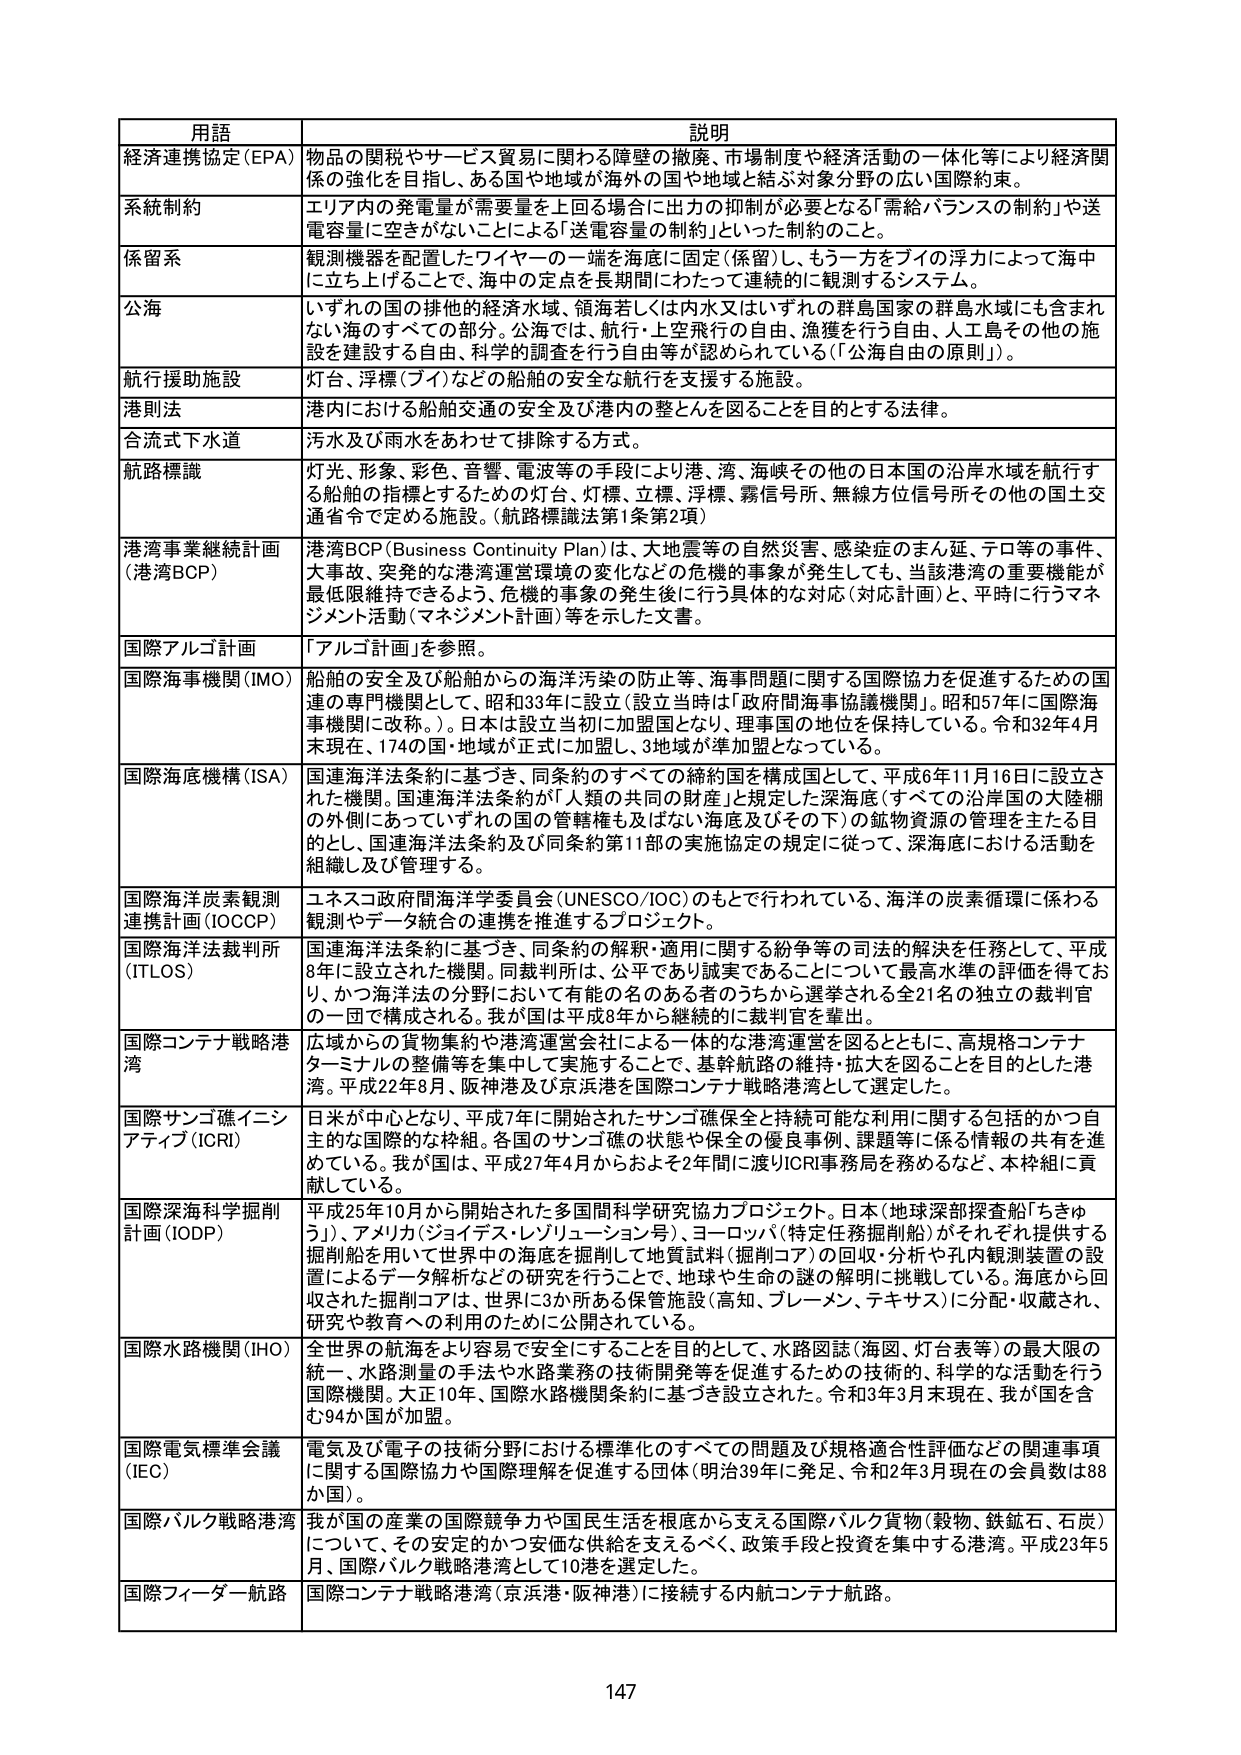
用語 説明
経済連携協定（EPA） 物品の関税やサービス貿易に関わる障壁の撤廃、市場制度や経済活動の一体化等により経済関係の強化を目指し、ある国や地域が海外の国や地域と結ぶ対象分野の広い国際約束。
系統制約 エリア内の発電量が需要量を上回る場合に出力の抑制が必要となる「需給バランスの制約」や送電容量に空きがないことによる「送電容量の制約」といった制約のこと。
係留系 観測機器を配置したワイヤーの一端を海底に固定（保留）し、もう一方をブイの浮力によって海中に立ち上げることで、海中の定点を長期間にわたって連続的に観測に観測するシステム。
公海 いずれの国の排他的経済水域、領海若しくは内水又はいずれの群島国家の群島水域にも含まれない海のすべての部分。公海では、航行・上空飛行の自由、漁獲を行う自由、人工島その他の施設を建設する自由、科学的調査を行う自由等が認められている（「公海自由の原則」）。
航行援助施設 灯台、浮標（ブイ）などの船舶の安全な航行を支援する施設。
港則法 港内における船舶交通の安全及び港内の整とんを図ることを目的とする法律。
合流式下水道 汚水及び雨水をあわせて排除する方式。
航路標識 灯光、形象、彩色、音響、電波等の手段により港、湾、海峡その他の日本国の沿岸水域を航行する船舶の指標とするための灯台、灯標、立標、浮標、霧信号所、無線方位信号所その他の国土交通省令で定める施設。（航路標識法第1条第2項）
港湾事業継続計画（港湾BCP） 港湾BCP（Business Continuity Plan）は、大地震等の自然災害、感染症のまん延、テロ等の事件、大事故、突発的な港湾運営環境の変化などの危機的事象が発生しても、当該港湾の重要機能が最低限維持できるよう、危機的事象の発生後に行う具体的な対応（対応計画）と、平時に行うマネジメント活動（マネジメント計画）等を示した文書。
国際アルゴ計画 「アルゴ計画」を参照。
国際海事機関（IMO） 船舶の安全及び船舶からの海洋汚染の防止等、海事問題に関する国際協力を促進するための国連の専門機関として、昭和33年に設立（設立当時は「政府間海事協議機関」。昭和57年に国際海事機関に改称。）。日本は設立当初に加盟国となり、理事国の地位を保持している。令和32年4月末現在、174の国・地域が正式に加盟し、3地域が準加盟となっている。
国際海底機構（ISA） 国連海洋法条約に基づき、同条約のすべての締約国を構成国として、平成6年11月16日に設立された機関。国連海洋法条約が「人類の共同の財産」と規定した深海底（すべての沿岸国の大陸棚の外側にあっていずれの国の管轄権も及ばない海底及びその下）の鉱物資源の管理を主たる目的とし、国連海洋法条約及び同条約第11部の実施協定の規定に従って、深海底における活動を組織し及び管理する。
国際海洋炭素観測連携計画（IOCCP） ユネスコ政府間海洋学委員会（UNESCO/IOC）のもとで行われている、海洋の炭素循環に係わる観測やデータ統合の連携を推進するプロジェクト。
国際海洋法裁判所（ITLOS） 国連海洋法条約に基づき、同条約の解釈・適用に関する紛争等の司法的解決を任務として、平成8年に設立された機関。同裁判所は、公平であり誠実であることについて最高水準の評価を得ており、かつ海洋法の分野において有能の名のある者の中から選挙される全21名の独立の裁判官の一团で構成される。我が国は平成8年から継続的に裁判官を輩出。
国際コンテナ戦略港湾 広域からの貨物集約や港湾運営会社による一体的な港湾運営を図るとともに、高規格コンテナターミナルの整備等を集中して実施することで、基幹航路の維持・拡大を図ることを目的とした港湾。平成22年8月、阪神港及び京浜港を国際コンテナ戦略港湾として選定した。
国際サンゴ礁イニシアティブ（ICRI） 日米が中心となり、平成7年に開始されたサンゴ礁保全と持続可能な利用に関する包括的かつ自主的な国際的な枠組。各国のサンゴ礁の状態や保全の優良事例、課題等に係る情報の共有を進めている。我が国は、平成27年4月からおよそ2年間に渡りICRI事務局を務めるなど、本枠組に貢献している。
国際深海科学観測計画（IODP） 平成25年10月から開始された多国間科学研究協力プロジェクト。日本（地球深部探査船「ちきゅう」）、アメリカ（ジョイデス・レゾリューション号）、ヨーロッパ（特定任務掘削船）がそれぞれ提供する掘削船を用いて世界中の海底を掘削して地質試料（掘削コア）の回収・分析や孔内観測装置の設置によるデータ解析などの研究を行うことで、地球や生命の謎の解明に挑戦している。海底から回収された掘削コアは、世界に3か所ある保管施設（高知、ブレーメン、テキサス）に分配・収蔵され、研究や教育への利用のために公開されている。
国際水路機関（IHO） 全世界の航海をより容易で安全にすることを目的として、水路図誌（海図、灯台表等）の最大限の統一、水路測量の手法や水路業務の技術開発等を促進するための技術的、科学的な活動を行う国際機関。大正10年、国際水路機関条約に基づき設立された。令和3年3月末現在、我が国を含む94か国が加盟。
国際電気標準会議（IEC） 電気及び電子の技術分野における標準化のすべての問題及び規格適合性評価などの関連事項に関する国際協力や国際理解を促進する団体（明治39年に発足、令和2年3月現在の会員数は88か国）。
国際バルク戦略港湾 我が国の産業の国際競争力や国民生活を根底から支える国際バルク貨物（穀物、鉄鉱石、石炭）について、その安定的かつ安価な供給を支えるべく、政策手段と投資を集中する港湾。平成23年5月、国際バルク戦略港湾として10港を選定した。
国際フィーダー航路 国際コンテナ戦略港湾（京浜港・阪神港）に接続する内航コンテナ航路。
147